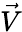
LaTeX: \vec{V}